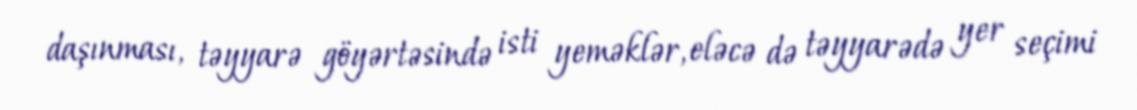
daşınması, təyyarə göyərtəsində isti yeməklər, eləcə də təyyarədə yer seçimi